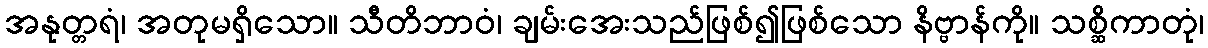
အနုတ္တရံ၊ အတုမရှိသော။ သီတိဘာဝံ၊ ချမ်းအေးသည်ဖြစ်၍ဖြစ်သော နိဗ္ဗာန်ကို။ သစ္ဆိကာတုံ၊